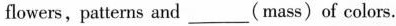
flowers,patterns and___(mass)of colors.